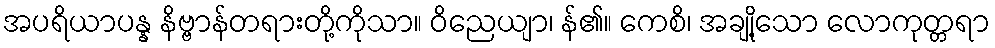
အပရိယာပန္န နိဗ္ဗာန်တရားတို့ကိုသာ။ ဝိညေယျာ၊ န်၏။ ကေစိ၊ အချို့သော လောကုတ္တရာ